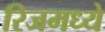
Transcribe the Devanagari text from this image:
रिजमध्ये